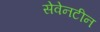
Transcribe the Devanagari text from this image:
सेवेनटीन